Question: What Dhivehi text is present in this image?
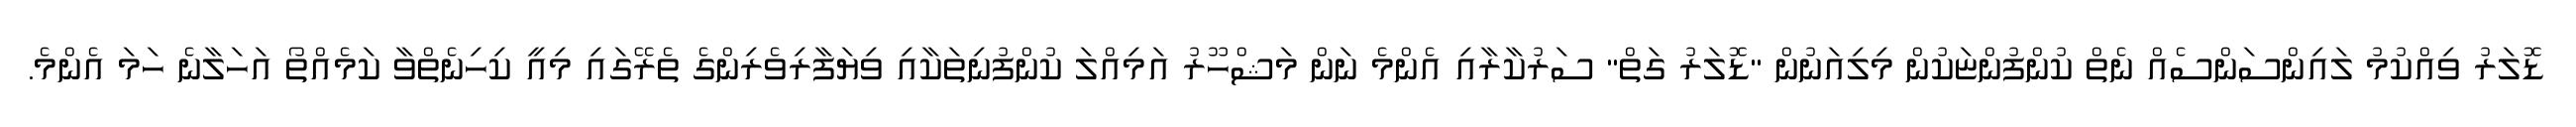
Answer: ޑޮލަރު ވިއްކުމު ލައިންސަންސެއް ނެތް ކުންފުންޏަކުން މިލިއަނުން "ޑޮލަރު ގަތް" ސަރުކާރާއި އެންމެ ނަން މަޝްހޫރު އަމިއްލަ ކުންފުނިތަކާއި ވިޔަފާރިވެރިންގެ ތެރޭގައި މިއީ ކިހިނެތްވާ ކަމެއްތޯ އަހަލާނެ ހަމަ އެންމެ.